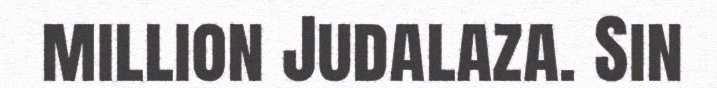
million Judalaza. Sin